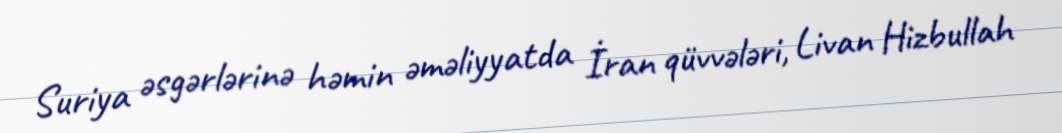
Suriya əsgərlərinə həmin əməliyyatda İran qüvvələri, Livan Hizbullah